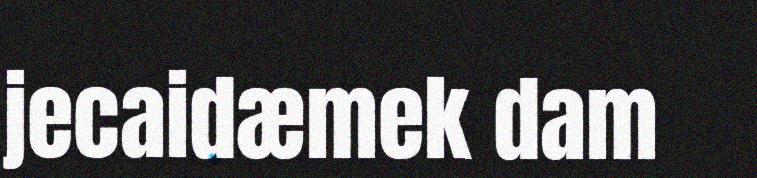
jecaidæmek dam